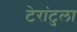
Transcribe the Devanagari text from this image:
टेरांटुला